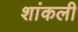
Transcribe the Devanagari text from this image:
शांकली